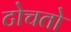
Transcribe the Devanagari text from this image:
टोचतो